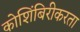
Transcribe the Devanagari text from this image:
कोशिंबिरीकरता